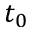
t _ { 0 }